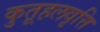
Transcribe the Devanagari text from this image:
कुतूहलवृत्ति